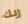
ربك